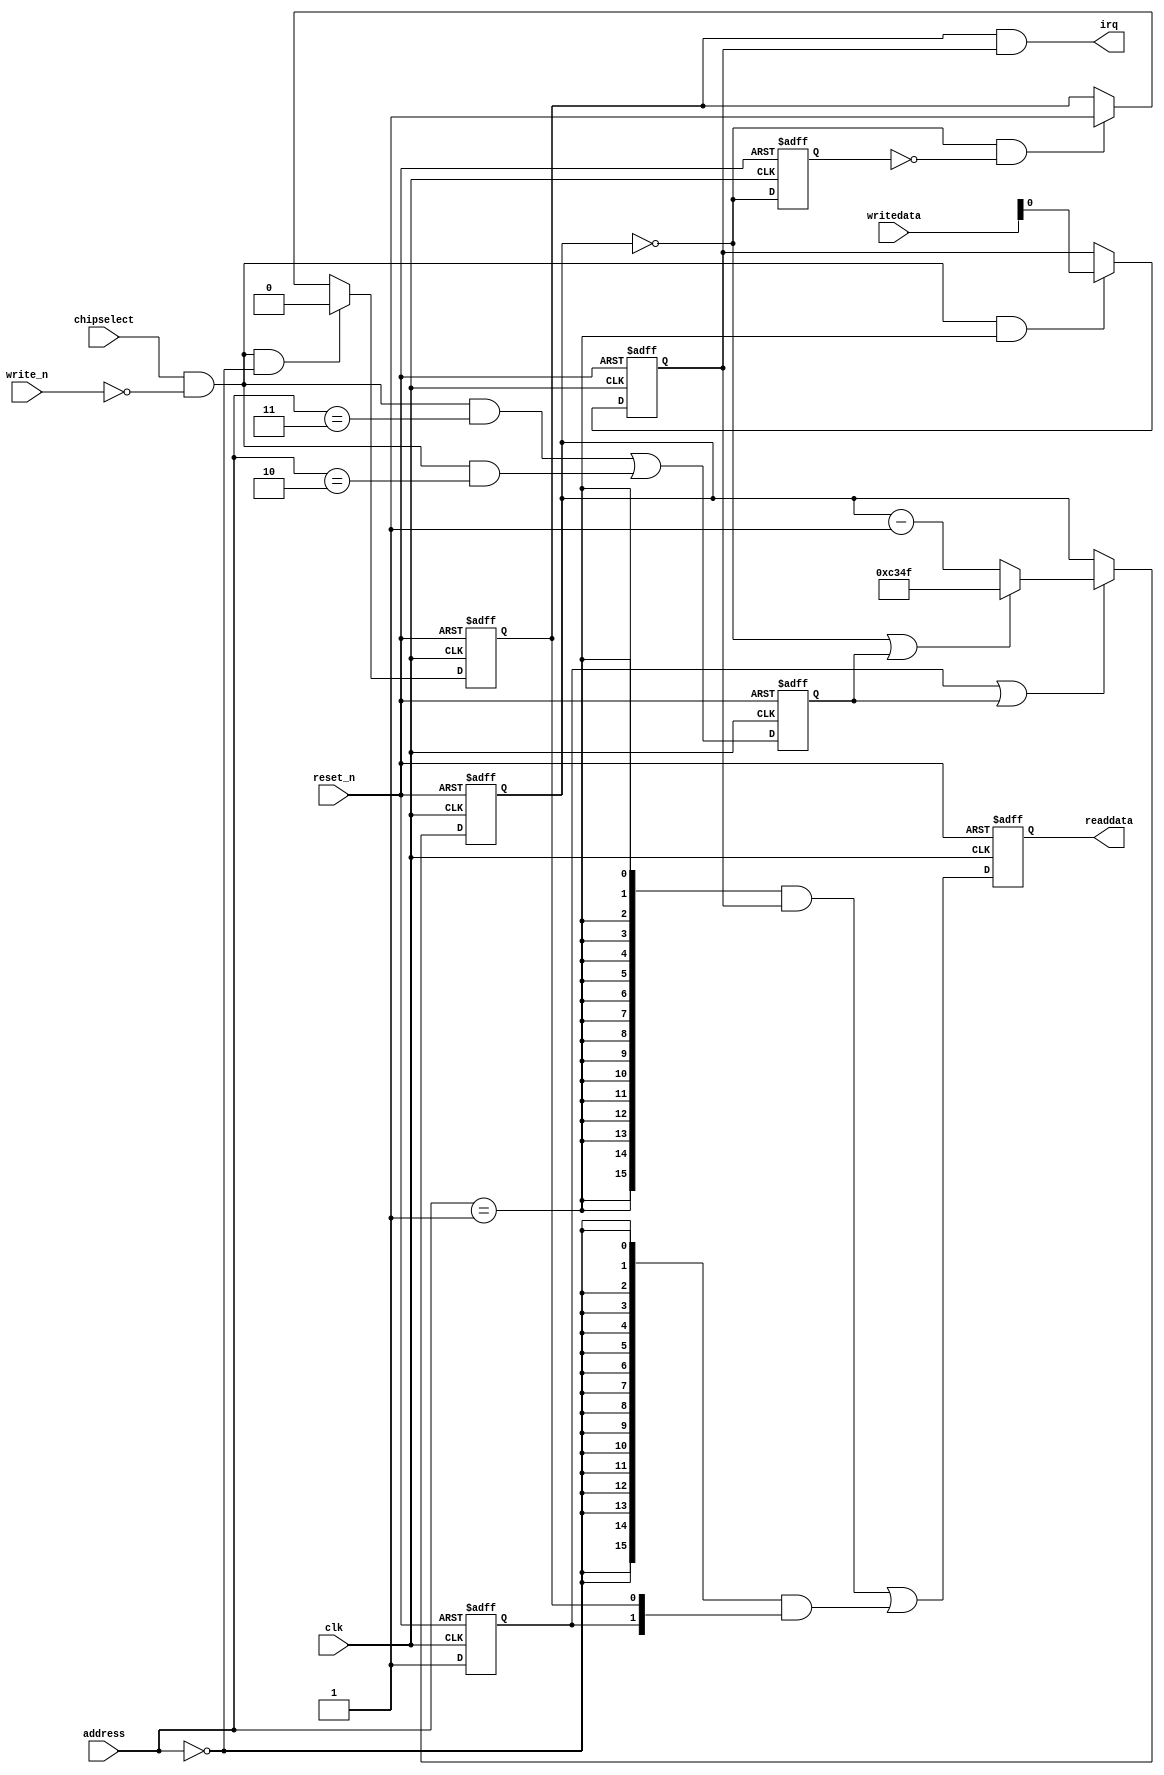
//Legal Notice: (C)2023 Altera Corporation. All rights reserved.  Your
//use of Altera Corporation's design tools, logic functions and other
//software and tools, and its AMPP partner logic functions, and any
//output files any of the foregoing (including device programming or
//simulation files), and any associated documentation or information are
//expressly subject to the terms and conditions of the Altera Program
//License Subscription Agreement or other applicable license agreement,
//including, without limitation, that your use is for the sole purpose
//of programming logic devices manufactured by Altera and sold by Altera
//or its authorized distributors.  Please refer to the applicable
//agreement for further details.

// synthesis translate_off
`timescale 1ns / 1ps
// synthesis translate_on

// turn off superfluous verilog processor warnings 
// altera message_level Level1 
// altera message_off 10034 10035 10036 10037 10230 10240 10030 

module Design1_timer_0 (
                         // inputs:
                          address,
                          chipselect,
                          clk,
                          reset_n,
                          write_n,
                          writedata,

                         // outputs:
                          irq,
                          readdata
                       )
;

  output           irq;
  output  [ 15: 0] readdata;
  input   [  2: 0] address;
  input            chipselect;
  input            clk;
  input            reset_n;
  input            write_n;
  input   [ 15: 0] writedata;


wire             clk_en;
wire             control_interrupt_enable;
reg              control_register;
wire             control_wr_strobe;
reg              counter_is_running;
wire             counter_is_zero;
wire    [ 15: 0] counter_load_value;
reg              delayed_unxcounter_is_zeroxx0;
wire             do_start_counter;
wire             do_stop_counter;
reg              force_reload;
reg     [ 15: 0] internal_counter;
wire             irq;
wire             period_h_wr_strobe;
wire             period_l_wr_strobe;
wire    [ 15: 0] read_mux_out;
reg     [ 15: 0] readdata;
wire             status_wr_strobe;
wire             timeout_event;
reg              timeout_occurred;
  assign clk_en = 1;
  always @(posedge clk or negedge reset_n)
    begin
      if (reset_n == 0)
          internal_counter <= 16'hC34F;
      else if (counter_is_running || force_reload)
          if (counter_is_zero    || force_reload)
              internal_counter <= counter_load_value;
          else 
            internal_counter <= internal_counter - 1;
    end


  assign counter_is_zero = internal_counter == 0;
  assign counter_load_value = 16'hC34F;
  always @(posedge clk or negedge reset_n)
    begin
      if (reset_n == 0)
          force_reload <= 0;
      else if (clk_en)
          force_reload <= period_h_wr_strobe || period_l_wr_strobe;
    end


  assign do_start_counter = 1;
  assign do_stop_counter = 0;
  always @(posedge clk or negedge reset_n)
    begin
      if (reset_n == 0)
          counter_is_running <= 1'b0;
      else if (clk_en)
          if (do_start_counter)
              counter_is_running <= -1;
          else if (do_stop_counter)
              counter_is_running <= 0;
    end


  //delayed_unxcounter_is_zeroxx0, which is an e_register
  always @(posedge clk or negedge reset_n)
    begin
      if (reset_n == 0)
          delayed_unxcounter_is_zeroxx0 <= 0;
      else if (clk_en)
          delayed_unxcounter_is_zeroxx0 <= counter_is_zero;
    end


  assign timeout_event = (counter_is_zero) & ~(delayed_unxcounter_is_zeroxx0);
  always @(posedge clk or negedge reset_n)
    begin
      if (reset_n == 0)
          timeout_occurred <= 0;
      else if (clk_en)
          if (status_wr_strobe)
              timeout_occurred <= 0;
          else if (timeout_event)
              timeout_occurred <= -1;
    end


  assign irq = timeout_occurred && control_interrupt_enable;
  //s1, which is an e_avalon_slave
  assign read_mux_out = ({16 {(address == 1)}} & control_register) |
    ({16 {(address == 0)}} & {counter_is_running,
    timeout_occurred});

  always @(posedge clk or negedge reset_n)
    begin
      if (reset_n == 0)
          readdata <= 0;
      else if (clk_en)
          readdata <= read_mux_out;
    end


  assign period_l_wr_strobe = chipselect && ~write_n && (address == 2);
  assign period_h_wr_strobe = chipselect && ~write_n && (address == 3);
  assign control_wr_strobe = chipselect && ~write_n && (address == 1);
  always @(posedge clk or negedge reset_n)
    begin
      if (reset_n == 0)
          control_register <= 0;
      else if (control_wr_strobe)
          control_register <= writedata[0];
    end


  assign control_interrupt_enable = control_register;
  assign status_wr_strobe = chipselect && ~write_n && (address == 0);

endmodule